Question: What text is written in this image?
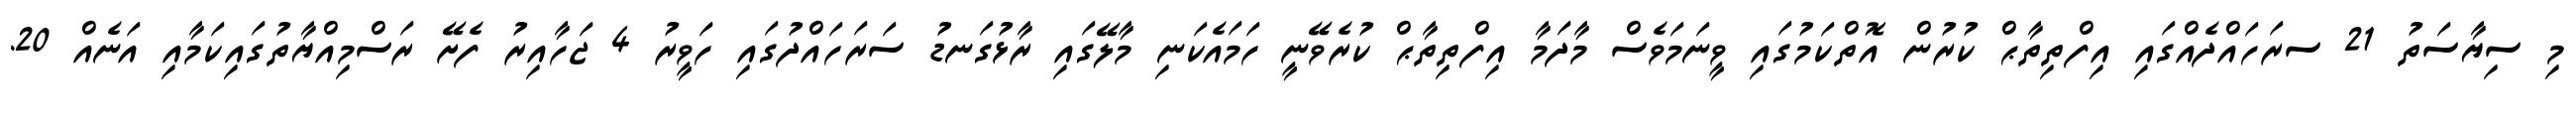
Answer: މި ސިޔާސަތު 21 ސރަހައްދެއްގައި އިފްތިތާޙް ކުރުން އޮތްކަމުގައި ވީނަމަވެސް މާދަމާ އިފްތިތާޙް ކުރެވޭނީ ހަމައެކަނި މާލޭގައި ރާޅުގަނޑު ސަރަހައްދުގައި ހަވީރު 4 ޖަހާއިރު ފެށޭ ރަސްމިއްޔާތުގައިކަމާއި އަނެއް 20.